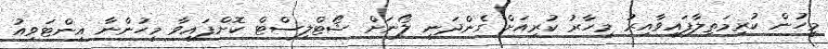
މީހުން ކުރިމަތިލާފައިވާއިރު މިހާރު ކުރިއަށް ގެންދަނީ ލޯނަށް ޝޯޓްލިސްޓް ކޮށްފައިވާ މީހުންނާ އިންޓަވިއު